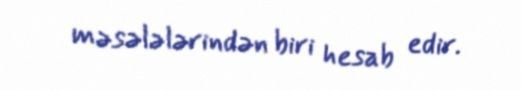
məsələlərindən biri hesab edir.